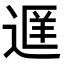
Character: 𬨭